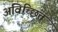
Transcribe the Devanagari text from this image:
अविच्छित्त